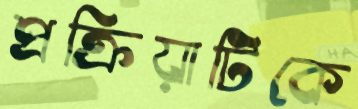
প্রক্রিয়াটিকে